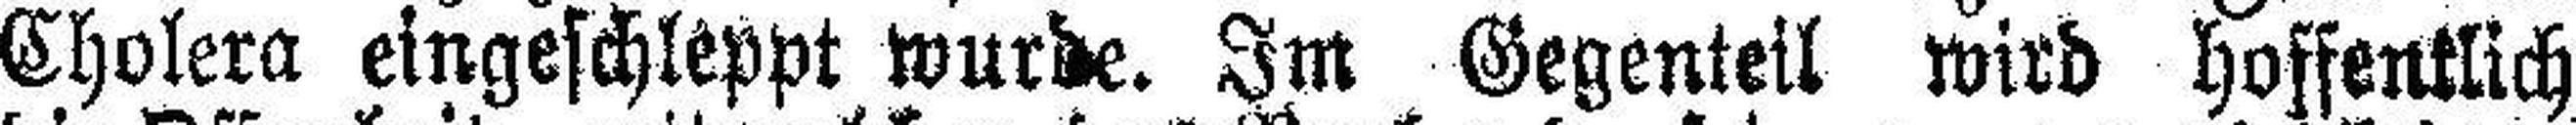
Cholera eingeschleppt wurde. Im Gegenteil wird hoffentlich